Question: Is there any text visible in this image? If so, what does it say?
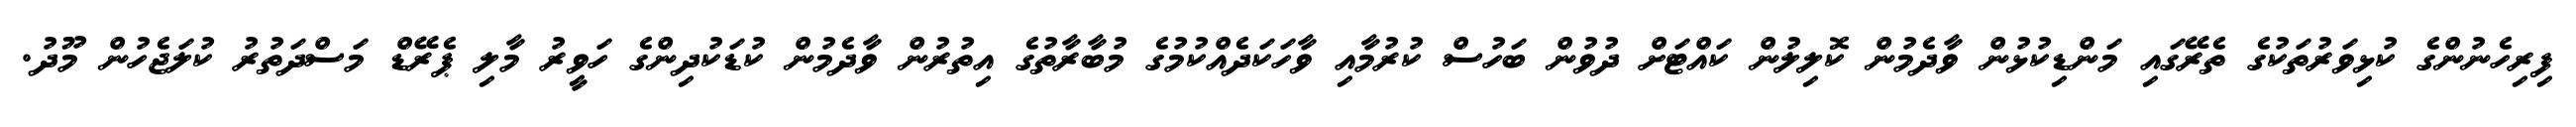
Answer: ފިރިހެނުންގެ ކުޅިވަރުތަކުގެ ތެރޭގައި މަންޑިކުޅުން ވާދެމުން ކޮލިލުން ކައްޓަށް ދުވުން ބަހުސް ކުރުމާއި ވާހަކަދެއްކުމުގެ މުބާރާތުގެ އިތުރުން ވާދެމުން ކުޑަކުދިންގެ ހަވީރު މާލި ޕެރޭޑް މަސްދަތުރު ކުލަޖެހުން މޫދު.